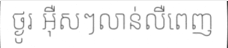
ថ្ងូរ អ៊ឺសៗលាន់លឺពេញ